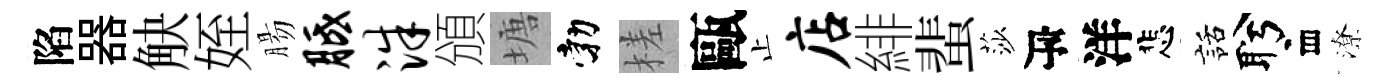
陷器觖姪腸胝洙頒塘勃槎甌止店緋蜚莎瓴洋悲話盻存潦